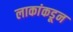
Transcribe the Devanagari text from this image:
लाकांकडून